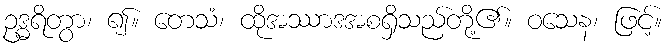
ဥဒ္ဓရိတွာ၊ ၍။ တေသံ၊ ထိုအဿာဒအစရှိသည်တို့၏။ ဝသေန၊ ဖြင့်။